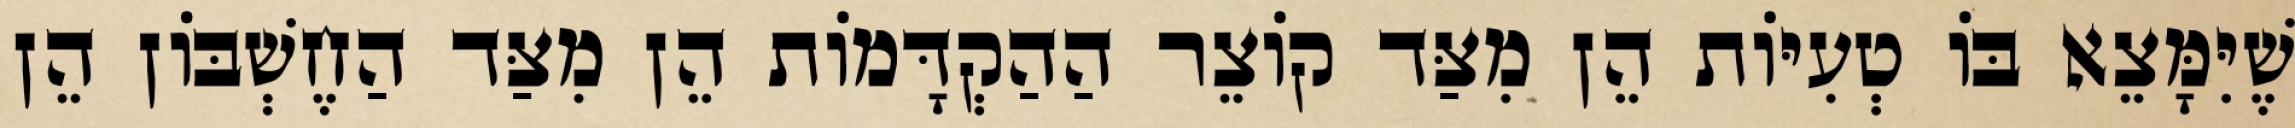
שֶׁיִּמָּצֵא בּוֹ טְעִיּוֹת הֵן מִצַּד קוֹצֵר הַהַקְדָּמוֹת הֵן מִצַּד הַחֶשְׁבּוֹן הֵן